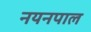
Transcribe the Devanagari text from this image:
नयनपाल